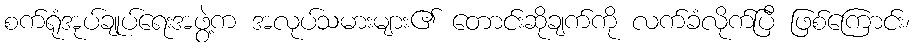
စက်ရုံအုပ်ချုပ်ရေးအဖွဲ့က အလုပ်သမားများ၏ တောင်းဆိုချက်ကို လက်ခံလိုက်ပြီ ဖြစ်ကြောင်း၊